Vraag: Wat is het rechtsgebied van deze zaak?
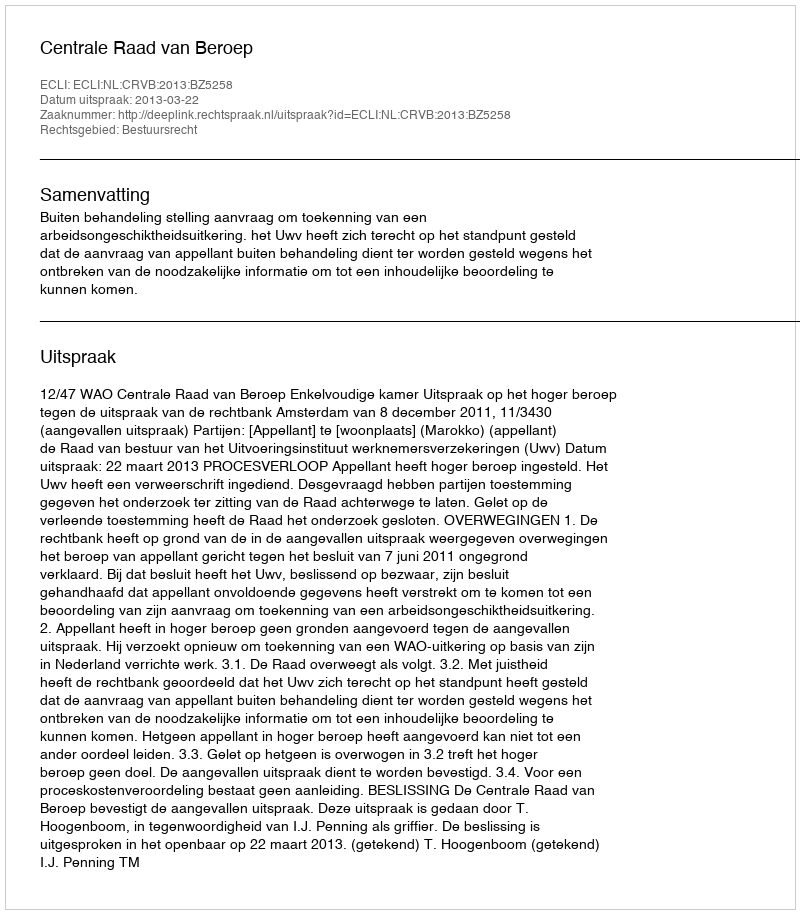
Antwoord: Bestuursrecht